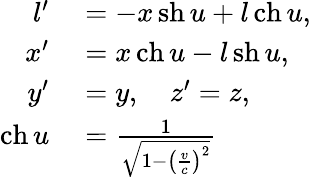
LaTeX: \begin{array}{rl}{l^{\prime}}&{{}=-x\operatorname{sh}u+l\operatorname{ch}u,}\\ {x^{\prime}}&{{}=x\operatorname{ch}u-l\operatorname{sh}u,}\\ {y^{\prime}}&{{}=y,\quad z^{\prime}=z,}\\ {\operatorname{ch}u}&{{}={\frac{1}{\sqrt{1-\left({\frac{v}{c}}\right)^{2}}}}}\end{array}